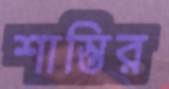
শাস্তির